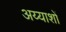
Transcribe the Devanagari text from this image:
अय्याशों